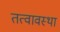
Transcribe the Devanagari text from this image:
तत्वावस्था